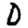
Digit: 0